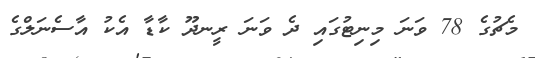
މެޗުގެ 78 ވަނަ މިނިޓުގައި ދެ ވަނަ ރީނދޫ ކާޑާ އެކު އާސެނަލްގެ